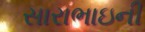
સારાભાઇની